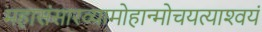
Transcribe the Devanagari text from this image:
महासंसारव्यामोहान्मोचयत्याश्‍वयं